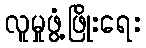
လူမှုဖွံ့ဖြိုးရေး